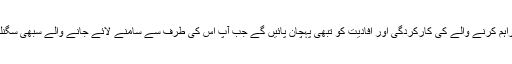
مزید یہ کہ آپ سگنل فراہم کرنے والے کی کارکردگی اور افادیت کو تبھی پہچان پائیں گے جب آپ اس کی طرف سے سامنے لائے جانے والے سبھی سگنلز سے مستفید ہوں گے۔